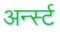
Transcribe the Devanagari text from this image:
अर्न्‍स्ट